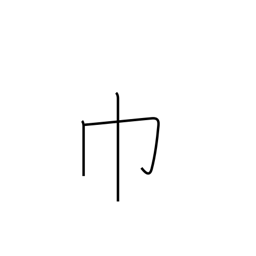
Meaning: towel